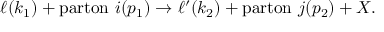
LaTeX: \ell ( k _ { 1 } ) + \mathrm { p a r t o n } \ i ( p _ { 1 } ) \rightarrow \ell ^ { \prime } ( k _ { 2 } ) + \mathrm { p a r t o n } \ j ( p _ { 2 } ) + X .